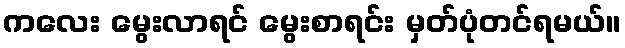
ကလေး မွေးလာရင် မွေးစာရင်း မှတ်ပုံတင်ရမယ်။